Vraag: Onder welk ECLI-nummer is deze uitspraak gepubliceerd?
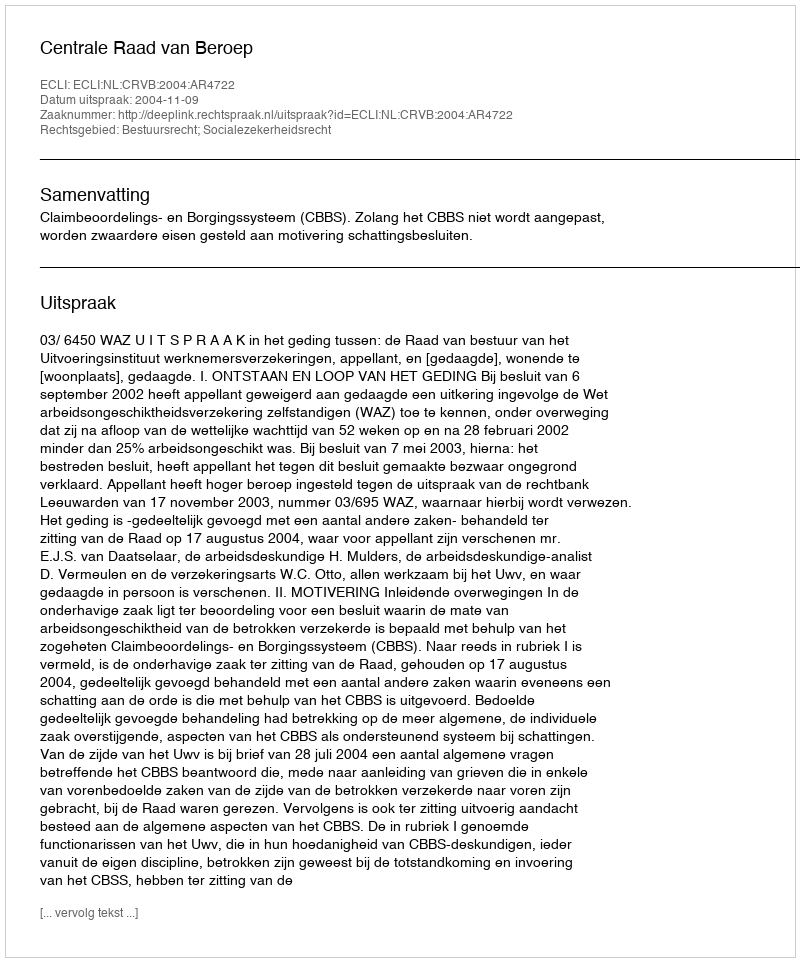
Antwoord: ECLI:NL:CRVB:2004:AR4722